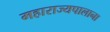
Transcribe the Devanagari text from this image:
महाराज्यपालाना